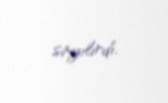
sayılırdı.